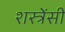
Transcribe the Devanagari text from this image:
शस्त्रेंसी